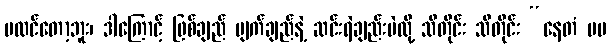
မထင်တော့ဘူး၊ ဒါကြောင့် ဖြစ်ချည် ပျက်ချည်နဲ့ ဆင်းရဲချည်းပဲလို့ သိတိုင်း သိတိုင်း “နေတံ မမ